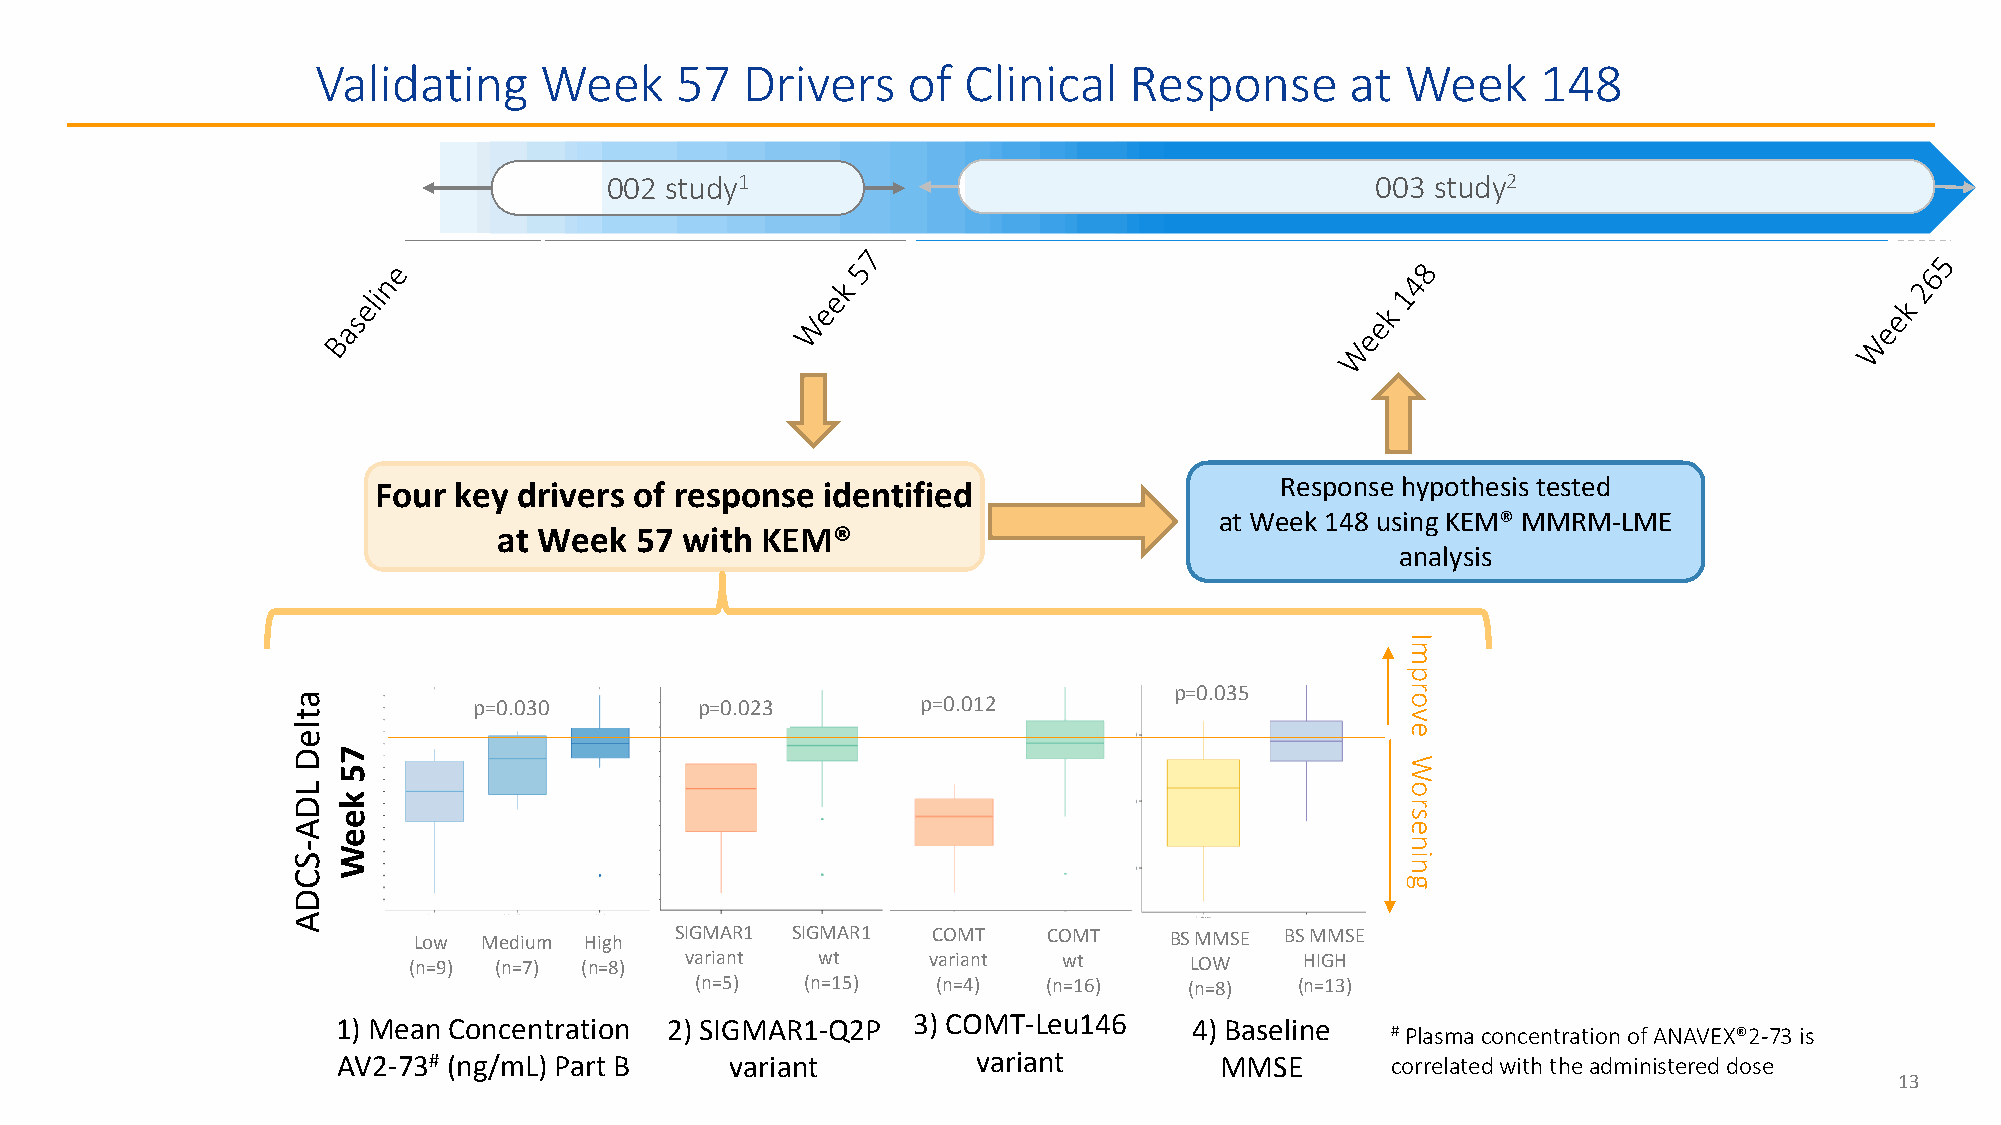
Validating     Week     57  Drivers    of  Clinical   Response      at  Week     148
 002 study1                                         003 study2
 Four key drivers of response identified                     Response hypothesis tested
 at Week 148 using KEM® MMRM-LME
 at Week  57 with KEM®
 analysis
 I
 m
 p
 p=0.035        r
 a           p=0.030        p=0.023        p=0.012                         o
 t                                                                         v
 l                                                                         e
 e
 D  7
 W
 5
 L                                                                         o
 D  k                                                                      r
 e                                                                      s
 A                                                                         e
 e
 S- W                                                                      in
 n
 C                                                                         g
 D
 A
 Low  Medium High  SIGMAR1 SIGMAR1  COMT   COMT    BS MMSE BS MMSE
 (n=9) (n=7) (n=8) variant  wt     variant  wt       LOW    HIGH
 (n=5)  (n=15)   (n=4)  (n=16)    (n=8)  (n=13)
 1) Mean Concentration 2) SIGMAR1-Q2P  3) COMT-Leu146     4) Baseline
 #Plasma concentration of ANAVEX®2-73 is
 AV2-73# (ng/mL) Part B    variant          variant         MMSE       correlated with the administered dose
 13